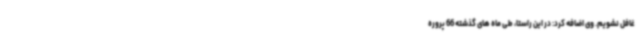
غافل نشویم. وی اضافه کرد: در این راستا، طی ماه های گذشته 66 پروره